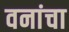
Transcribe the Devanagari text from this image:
वनांचा